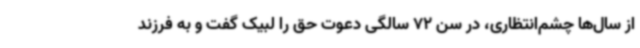
از سال‌ها چشم‌انتظاری، در سن 72 سالگی دعوت حق را لبیک گفت و به فرزند